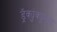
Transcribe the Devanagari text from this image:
ड्रॅक्युंक्यूलस